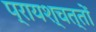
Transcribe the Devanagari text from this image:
प्रायश्चत्तों